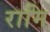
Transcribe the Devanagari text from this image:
रामि